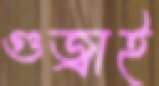
গুজ্‌রাই